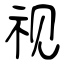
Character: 视